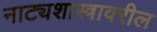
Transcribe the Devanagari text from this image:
नाट्यशास्त्रावरील